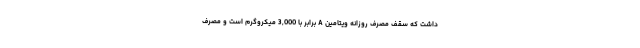
داشت که سقف مصرف روزانه ویتامین A برابر با 3,000 میکروگرم است و مصرف